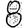
Digit: 8